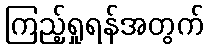
ကြည့်ရှုရန်အတွက်